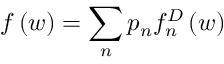
f \left( \boldsymbol { w } \right) = \sum _ { n } p _ { n } f _ { n } ^ { D } \left( \boldsymbol { w } \right)